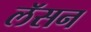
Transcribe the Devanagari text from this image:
लॅसन